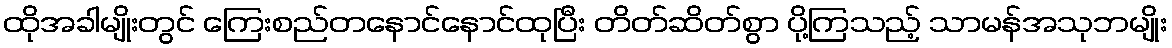
ထိုအခါမျိုးတွင် ကြေးစည်တနောင်နောင်ထုပြီး တိတ်ဆိတ်စွာ ပို့ကြသည့် သာမန်အသုဘမျိုး